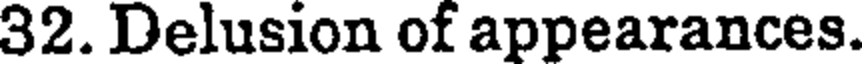
32. Delusion of appearances.